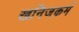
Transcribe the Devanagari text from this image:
खनिजकर्म